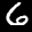
Label: 6